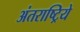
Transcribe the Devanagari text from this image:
अंतराष्ट्रिये